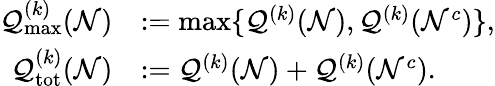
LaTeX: \begin{array}{rl}{\mathcal{Q}_{\operatorname*{max}}^{(k)}(\mathcal{N})}&{:=\operatorname*{max}\{ \mathcal{Q}^{(k)}(\mathcal{N}),\mathcal{Q}^{(k)}(\mathcal{N}^{c})\} ,}\\ {\mathcal{Q}_{\mathrm{tot}}^{(k)}(\mathcal{N})}&{:=\mathcal{Q}^{(k)}(\mathcal{N})+\mathcal{Q}^{(k)}(\mathcal{N}^{c}).}\end{array}